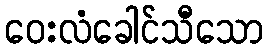
ဝေးလံခေါင်သီသော